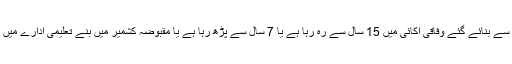
بھارت کے متنازع ڈومیسائل قانون کے تحت وہ شخص جو بھارت کی جانب سے مقبوضہ کشمیر کی جانب سے بنائے گئے وفاقی اکائی میں 15 سال سے رہ رہا ہے یا 7 سال سے پڑھ رہا ہے یا مقبوضہ کشمیر میں بنے تعلیمی ادارے میں 10ویں/12ویں جماعت کے امتحانات دیے ہیں، وہ بھی ڈومیسائل سرٹفکیٹ حاصل کرنے کے اہل ہوں گے۔